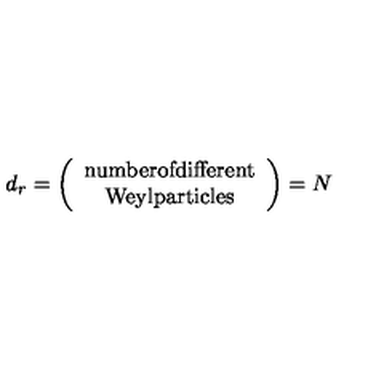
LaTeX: d _ { r } = \left( \begin{array} { c } { \mathrm { { \small n u m b e r o f d i f f e r e n t } } } \\ { \mathrm { { \small W e y l p a r t i c l e s } } } \\ \end{array} \right) = N